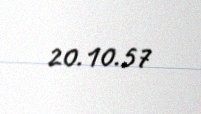
20.10.57